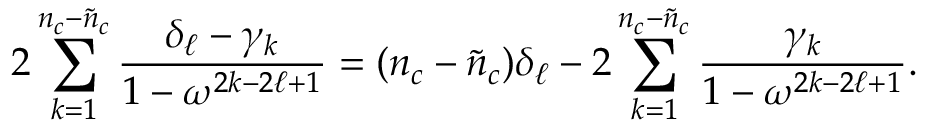
2 \sum _ { k = 1 } ^ { n _ { c } - \tilde { n } _ { c } } \frac { \delta _ { \ell } - \gamma _ { k } } { 1 - \omega ^ { 2 k - 2 \ell + 1 } } = ( n _ { c } - \tilde { n } _ { c } ) \delta _ { \ell } - 2 \sum _ { k = 1 } ^ { n _ { c } - \tilde { n } _ { c } } \frac { \gamma _ { k } } { 1 - \omega ^ { 2 k - 2 \ell + 1 } } .